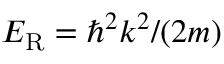
E _ { \mathrm { R } } = \hbar ^ { 2 } k ^ { 2 } / ( 2 m )